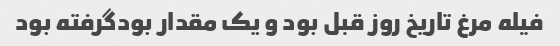
فیله مرغ تاریخ روز قبل بود و یک مقدار بودگرفته بود